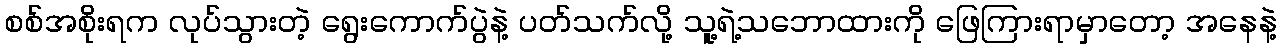
စစ်အစိုးရက လုပ်သွားတဲ့ ရွေးကောက်ပွဲနဲ့ ပတ်သက်လို့ သူ့ရဲ့သဘောထားကို ဖြေကြားရာမှာတော့ အနေနဲ့